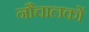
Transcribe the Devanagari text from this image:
नौचालकों